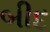
બીદ